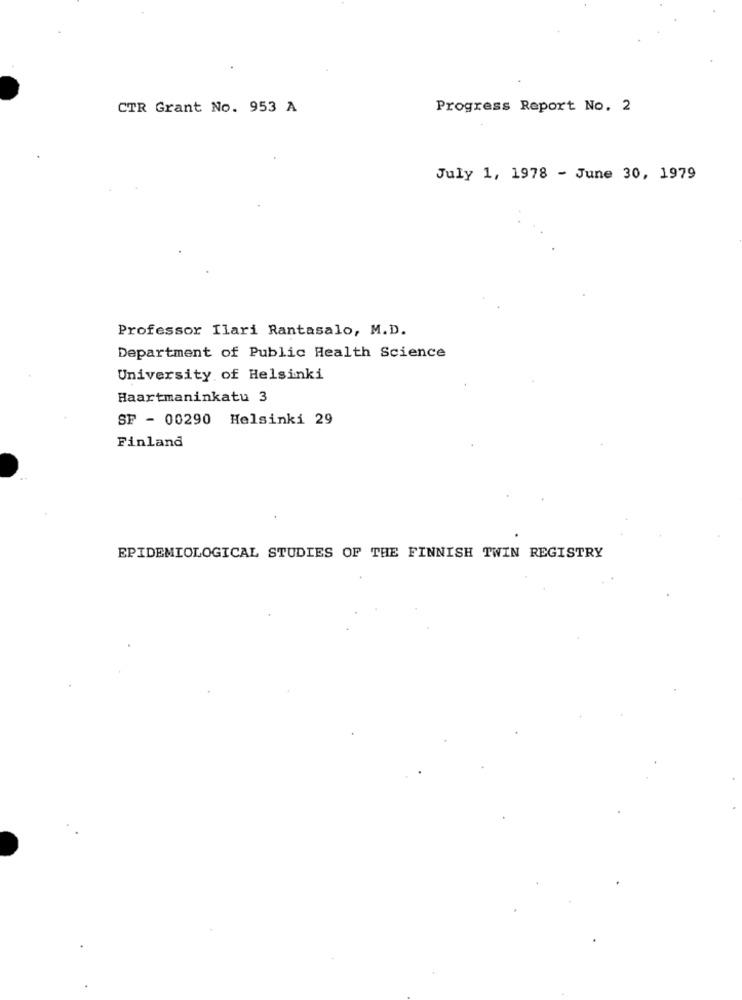
CTR Grant No. 953 A
Progress Report No. 2
July 1, 1978 - June 30, 1979
Professor Ilari Rantasalo, M.D.
Department of Public Health Science
University of Helsinki
Haartmaninkatu 3
SF - 00290 Helsinki 29
Finland
EPIDEMIOLOGICAL STUDIES OF THE FINNISH TWIN REGISTRY